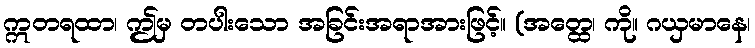
ဣတရထာ၊ ဤမှ တပါးသော အခြင်းအရာအားဖြင့်။ (အတ္ထေ၊ ကို။ ဂယှမာနေ၊